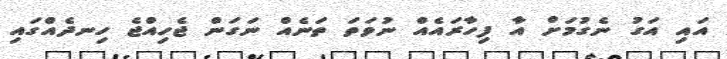
އައި އަގު ނެގުމަށް އާ ފިހާރައެއް ނުވަތަ ތަނެއް ނަގަން ޖެހިއްޖެ ހިނދެއްގައި